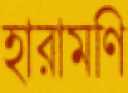
হারামণি